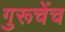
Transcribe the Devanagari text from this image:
गुरूचेंच